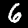
Label: 6